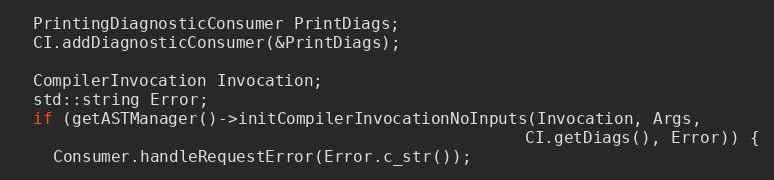
Language: C++
  PrintingDiagnosticConsumer PrintDiags;
  CI.addDiagnosticConsumer(&PrintDiags);

  CompilerInvocation Invocation;
  std::string Error;
  if (getASTManager()->initCompilerInvocationNoInputs(Invocation, Args,
                                                     CI.getDiags(), Error)) {
    Consumer.handleRequestError(Error.c_str());